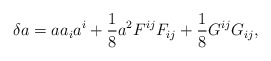
\begin{align*}\delta a = a a_{i} a^{i}+ \frac{1}{8} a^{2} F^{ij} F_{ij} + \frac{1}{8} G^{ij} G_{ij},\end{align*}